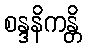
စန္ဒနိကန္တိ